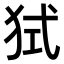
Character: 𤞔